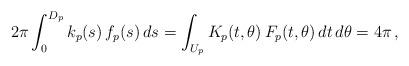
LaTeX: \begin{align*} 2\pi \int_0^{D_p} k_p(s) \, f_p(s) \, ds = \int_{U_p} K_p(t,\theta) \, F_p(t,\theta) \, dt \, d\theta = 4 \pi \,,\end{align*}